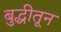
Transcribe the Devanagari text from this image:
बुद्धीतून